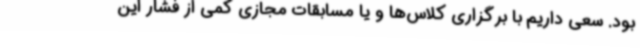
بود. سعی داریم با برگزاری کلاس‌ها و یا مسابقات مجازی کمی از فشار این